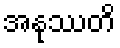
အနုဿတိ